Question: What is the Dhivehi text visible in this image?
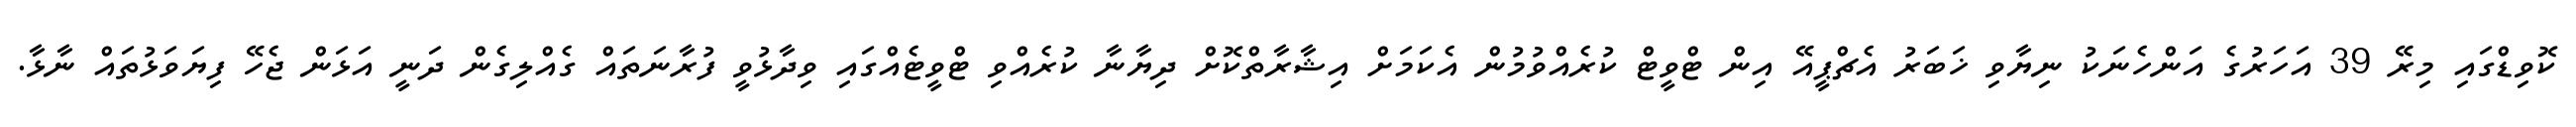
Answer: ކޮވިޑްގައި މިރޭ 39 އަހަރުގެ އަންހެނަކު ނިޔާވި ޚަބަރު އެޗްޕީއޭ އިން ޓްވީޓް ކުރެއްވުމުން އެކަމަށް އިޝާރާތްކޮށް ދިޔާނާ ކުރެއްވި ޓްވީޓެއްގައި ވިދާޅުވީ ފުރާނަތައް ގެއްލިގެން ދަނީ އަޅަން ޖެހޭ ފިޔަވަޅުތައް ނާޅާ.